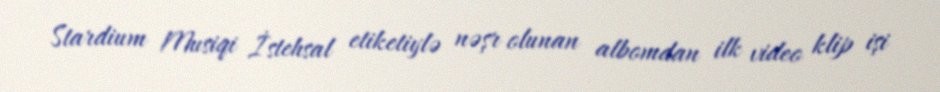
Stardium Musiqi İstehsal etiketiylə nəşr olunan albomdan ilk video klip işi